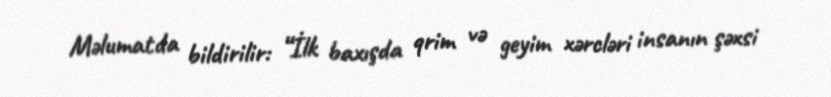
Məlumatda bildirilir: “İlk baxışda qrim və geyim xərcləri insanın şəxsi